Civil Veterinary Dept. Bombay admin report 1923-31 - 1923-1931
Year: 1923
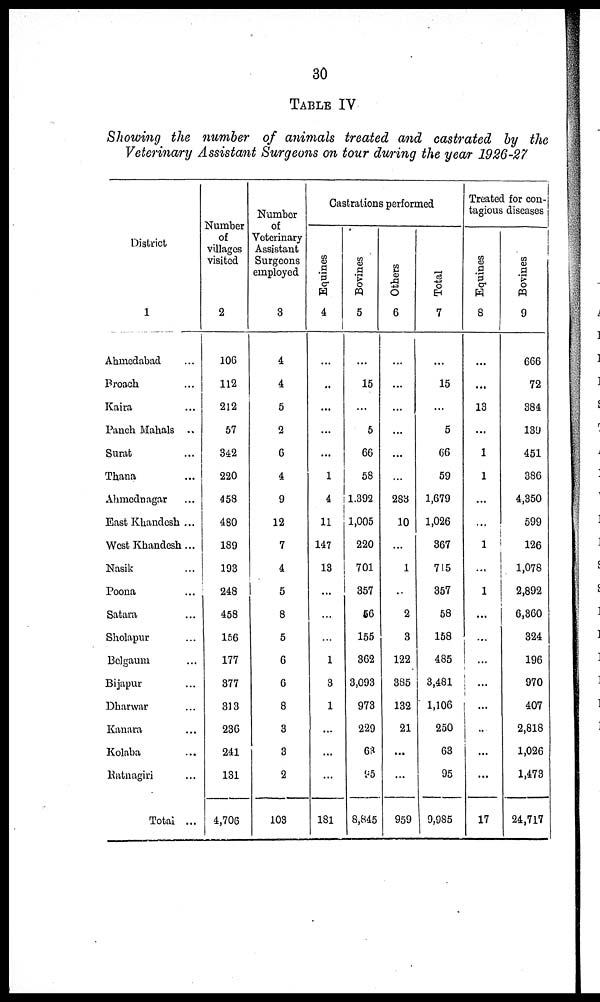
30
TABLE IV
Showing the number of animals treated and castrated by the
Veterinary Assistant Surgeons on tour during the year 1926-27
District
1
Ahmedabad ...
Broach ...
Kaira ...
Panch Mahals ...
Surat ...
Thana ...
Ahmednagar ...
East Khandesh ...
West Khandesh...
Nasik ...
Poona ...
Satara ...
Sholapur ...
Belgaum ...
Bijapur ...
Dharwar ...
Kanara ...
Kolaba ...
Ratnagiri ...
Total ...
Number
of
villages
visited
2
106
112
212
57
342
220
458
480
189
193
248
458
156
177
377
313
236
241
131
4,706
Number
of
Veterinary
Assistant
Surgeons
employed
3
4
4
5
2
6
4
9
12
7
4
5
8
5
6
6
8
3
3
2
103
Castrations performed
Equines
4
...
..
...
...
...
1
4
11
147
13
...
...
...
1
3
1
...
...
...
181
Bovines
5
...
15
...
5
66
58
1.392
1,005
220
701
357
56
155
362
3,093
973
229
63
95
8,845
Others
6
...
...
...
...
...
...
283
10
...
1
...
2
3
122
385
132
21
...
...
959
Total
7
...
15
...
5
66
59
1,679
1,026
367
715
357
58
158
485
3,481
1,106
250
63
95
9,985
Treated for con-
tagious diseases
Equines
8
...
...
13
...
1
1
...
...
1
...
1
...
...
...
......
...
...
...
...
17
Bovines
9
666
72
384
139
451
386
4,350
599
126
1,078
2,892
6,360
324
196
970
407
2,818
1,026
1,473
24,717